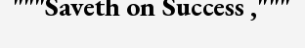
"""Saveth on Success ,"""